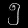
Digit: ၅